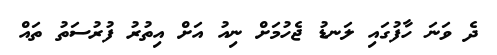
ދެ ވަނަ ހާފުގައި ލަނޑު ޖެހުމަށް ނިއު އަށް އިތުރު ފުރުސަތު ތައް